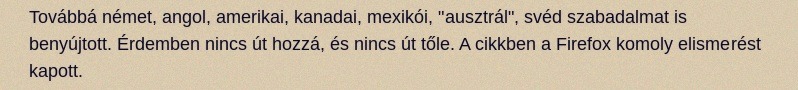
Továbbá német, angol, amerikai, kanadai, mexikói, "ausztrál", svéd szabadalmat is benyújtott. Érdemben nincs út hozzá, és nincs út tőle. A cikkben a Firefox komoly elismerést kapott.